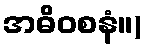
အဓိဝစနံ။)